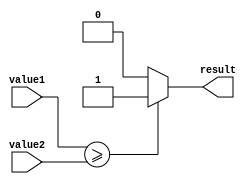
module comparator (
    input signed [31:0] value1,
    input signed [31:0] value2,
    output reg result
);

always @ * begin
    if (value1 >= value2) begin
        result = 1;
    end else begin
        result = 0;
    end
end

endmodule